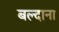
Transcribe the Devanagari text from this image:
बल्दाना